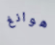
هوانغ